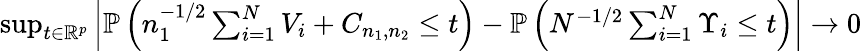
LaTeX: \begin{array}{r}{\operatorname*{sup}_{t\in{\mathbb{R}}^{p}}\left|{\mathbb{P}}\left(n_{1}^{-1/2}\sum_{i=1}^{N}V_{i}+C_{n_{1},n_{2}}\leq t\right)-{\mathbb{P}}\left(N^{-1/2}\sum_{i=1}^{N}\Upsilon_{i}\leq t\right)\right|\rightarrow 0}\end{array}